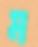
ম